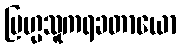
ဗြဟ္မသူကရခတာယော